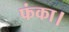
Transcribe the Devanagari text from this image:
फंका।